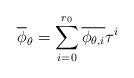
LaTeX: \begin{align*}\overline{\phi}_{\theta}=\sum_{i=0}^{r_0}\overline{\phi_{\theta,i}}\tau^i\end{align*}